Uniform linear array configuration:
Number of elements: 64
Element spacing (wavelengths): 0.75
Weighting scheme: cosine
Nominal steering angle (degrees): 0
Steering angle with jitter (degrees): -1.372
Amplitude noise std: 0.05
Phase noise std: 0.05

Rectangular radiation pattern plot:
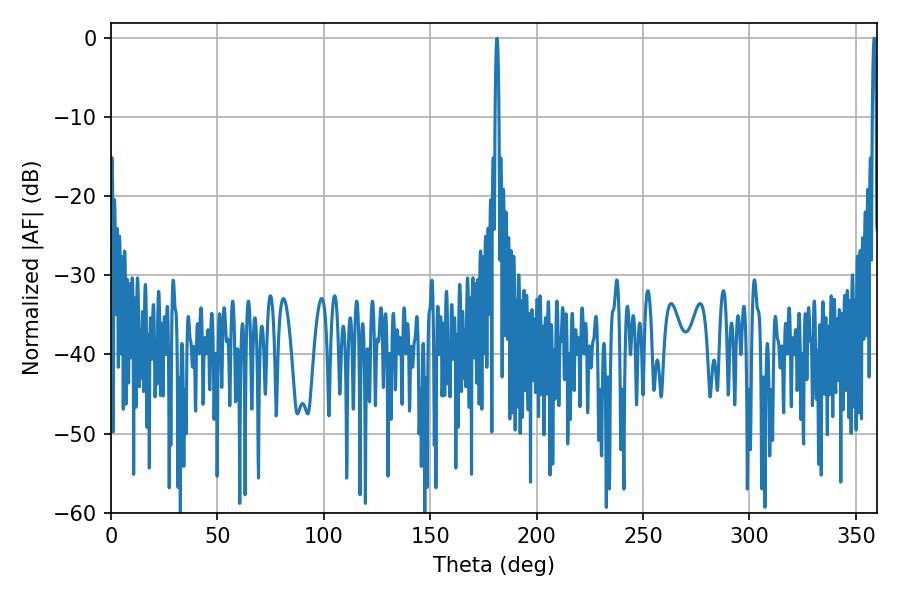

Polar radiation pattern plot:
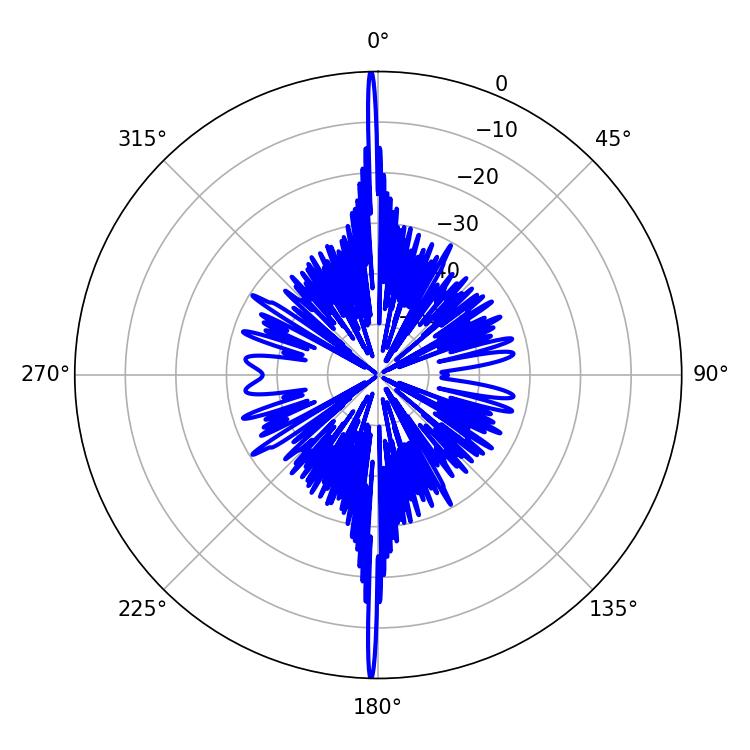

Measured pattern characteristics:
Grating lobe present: TRUE
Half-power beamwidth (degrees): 0.9
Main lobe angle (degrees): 358.56